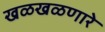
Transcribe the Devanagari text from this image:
खळखळणारे